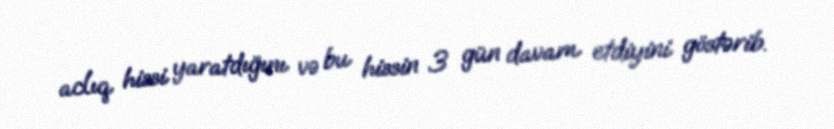
aclıq hissi yaratdığını və bu hissin 3 gün davam etdiyini göstərib.